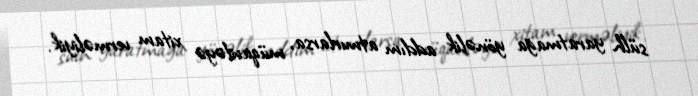
sülh yaratmağa yönəlik addım atmırlarsa, müqaviləyə xitam verməliyik.